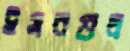
ইসবগুল